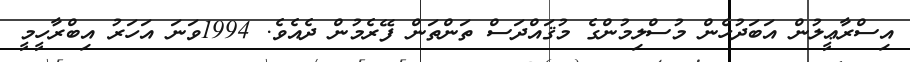
އިސްރާޢީލުން އަބަދުހެން މުސްލިމުންގެ މުޤައްދަސް ތަންތަން ފޭރެމުން ދެއެވެ. 1994ވަނަ އަހަރު އިބްރާހީމީ